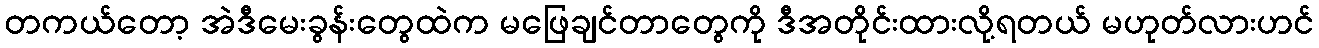
တကယ်တော့ အဲဒီမေးခွန်းတွေထဲက မဖြေချင်တာတွေကို ဒီအတိုင်းထားလို့ရတယ် မဟုတ်လားဟင်